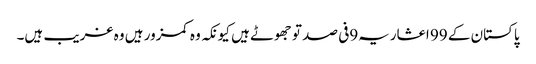
پاکستان کے 99 اعشاریہ9فی صد تو جھوٹے ہیں کیونکہ وہ کمزور ہیں وہ غریب ہیں۔